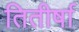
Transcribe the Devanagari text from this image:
तितीर्षा